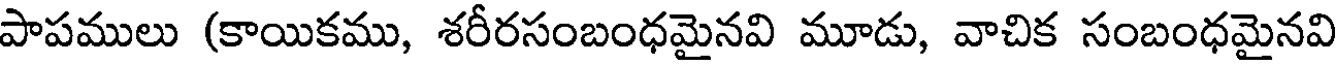
పాపములు (కాయికము, శరీరసంబంధమైనవి మూడు, వాచిక సంబంధమైనవి